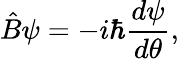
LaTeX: {\hat{B}}\psi=-i\hbar{\frac{d\psi}{d\theta}},